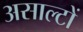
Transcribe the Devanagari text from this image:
असाल्टों